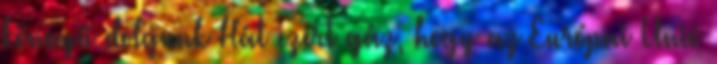
könnyű dolgunk Hát ezért gáz, hogy az Európai Unió